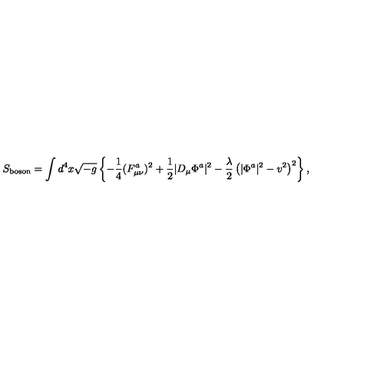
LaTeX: S _ { \mathrm { b o s o n } } = \int d ^ { 4 } x \sqrt { - g } \left\{ - \frac { 1 } { 4 } ( F _ { \mu \nu } ^ { a } ) ^ { 2 } + \frac { 1 } { 2 } \vert D _ { \mu } \Phi ^ { a } \vert ^ { 2 } - \frac { \lambda } { 2 } \left( \vert \Phi ^ { a } \vert ^ { 2 } - v ^ { 2 } \right) ^ { 2 } \right\} ,